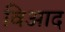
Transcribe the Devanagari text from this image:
विआद